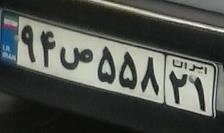
۹۴ص۵۵۸۲۱